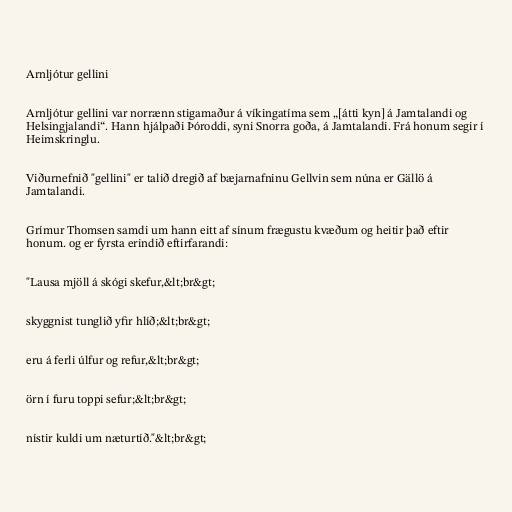
Arnljótur gellini

Arnljótur gellini var norrænn stigamaður á víkingatíma sem „[átti kyn] á Jamtalandi og
Helsingjalandi“. Hann hjálpaði Þóroddi, syni Snorra goða, á Jamtalandi. Frá honum segir í
Heimskringlu.

Viðurnefnið "gellini" er talið dregið af bæjarnafninu Gellvin sem núna er Gällö á
Jamtalandi.

Grímur Thomsen samdi um hann eitt af sínum frægustu kvæðum og heitir það eftir
honum. og er fyrsta erindið eftirfarandi:

"Lausa mjöll á skógi skefur,&lt;br&gt;

skyggnist tunglið yfir hlíð;&lt;br&gt;

eru á ferli úlfur og refur,&lt;br&gt;

örn í furu toppi sefur;&lt;br&gt;

nístir kuldi um næturtíð."&lt;br&gt;